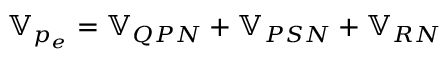
\mathbb { V } _ { p _ { e } } = \mathbb { V } _ { Q P N } + \mathbb { V } _ { P S N } + \mathbb { V } _ { R N }